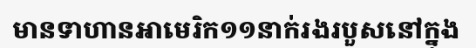
មានទាហានអាមេរិក១១នាក់រងរបួសនៅក្នុង